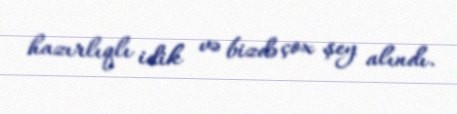
hazırlıqlı idik və bizdə çox şey alındı.